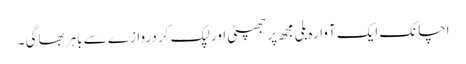
اچانک ایک آوارہ بلی مجھ پر جھپٹی اور لپک کر دروازے سے باہر بھاگی ۔